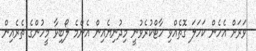
ވަރަށް އެހެން ކަހަލަ ގޮތެއްވި ހާޓްކުރެވުނީ މިދުނިޔެއިން އެންމެ ލޯބިވާ މީހުންގެ ތެރެއިން